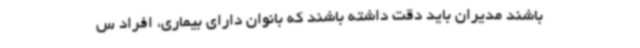
باشند مدیران باید دقت داشته باشند که بانوان دارای بیماری، افراد س